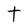
Character: t